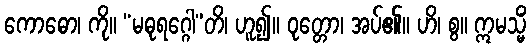
ကောဓော၊ ကို။ “မဓုရဂ္ဂေါ”တိ၊ ဟူ၍။ ဝုတ္တော၊ အပ်၏။ ဟိ၊ စွ။ ဣမသ္မိံ